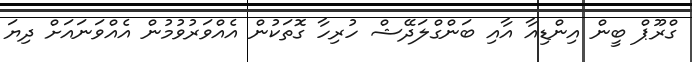
ގްރޫޕް ބީން އިންޑިއާ އާއި ބަންގްލަދޭޝް ހުރިހާ ގޮތަކުން އެއްވަރުވުމުން އެއްވަނައަށް ދިޔަ